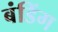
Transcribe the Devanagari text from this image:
बंडिंग